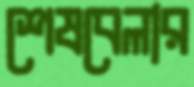
শেষবেলার